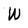
Character: W